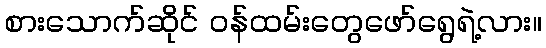
စားသောက်ဆိုင် ဝန်ထမ်းတွေဖော်ရွေရဲ့လား။